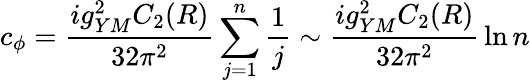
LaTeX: c_{\phi}={\frac{ig_{YM}^{2}C_{2}(R)}{32\pi^{2}}}\sum_{j=1}^{n}{\frac{1}{j}}\sim{\frac{ig_{YM}^{2}C_{2}(R)}{32\pi^{2}}}\ln n